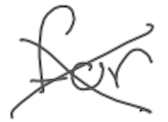
Text: for
Cross-out: cross
Writing tool: digital_gray